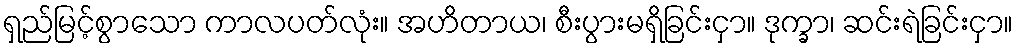
ရှည်မြင့်စွာသော ကာလပတ်လုံး။ အဟိတာယ၊ စီးပွားမရှိခြင်းငှာ။ ဒုက္ခာ၊ ဆင်းရဲခြင်းငှာ။